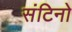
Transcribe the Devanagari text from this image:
संटिनो